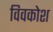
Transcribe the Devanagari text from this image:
विवकोश